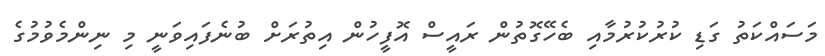
މަސައްކަތު ގަޑި ކުރުކުރުމާއި ބެހޭގޮތުން ރައީސް އޮފީހުން އިތުރަށް ބުނެފައިވަނީ މި ނިންމެވުމުގެ